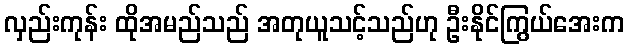
လှည်းကုန်း ထိုအမည်သည် အတုယူသင့်သည်ဟု ဦးနိုင်ကြွယ်အေးက